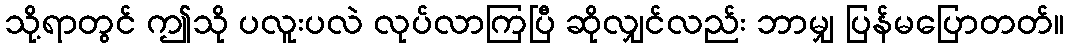
သို့ရာတွင် ဤသို ပလူးပလဲ လုပ်လာကြပြီ ဆိုလျှင်လည်း ဘာမျှ ပြန်မပြောတတ်။